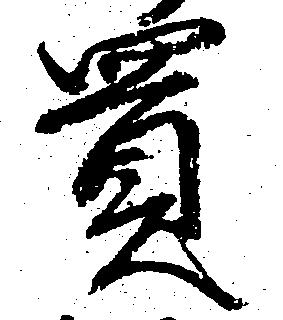
買